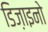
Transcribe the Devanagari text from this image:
डिज़ाइनो